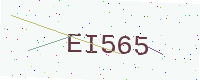
Text: EI565